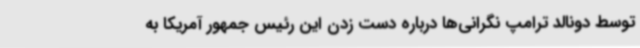
توسط دونالد ترامپ نگرانی‌ها درباره دست زدن این رئیس جمهور آمریکا به